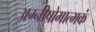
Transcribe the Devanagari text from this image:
अग्नीषोमात्मकं